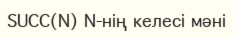
SUCC(N) N-нің келесі мәні